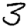
Digit: 3